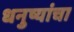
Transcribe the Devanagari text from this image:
धनुष्यांचा